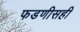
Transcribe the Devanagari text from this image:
फडणीसही